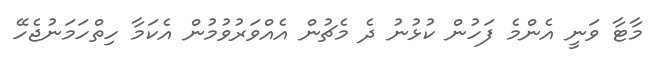
މާޓާ ވަނީ އެންމެ ފަހުން ކުޅުނު ދެ މެޗުން އެއްވަރުވުމުން އެކަމާ ހިތްހަމަނުޖެހޭ